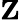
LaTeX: \mathbf{Z}